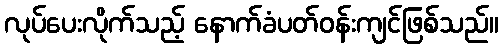
လုပ်ပေးလိုက်သည့် နောက်ခံပတ်ဝန်းကျင်ဖြစ်သည်။